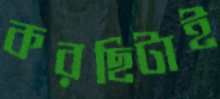
করছিটাই